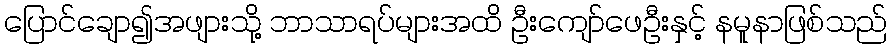
ပြောင်ချော၍အဖျားသို့ ဘာသာရပ်များအထိ ဦးကျော်ဖေဦးနှင့် နမူနာဖြစ်သည်